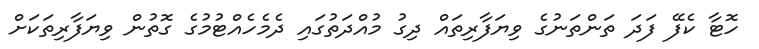
ހޮޓާ ކެފޭ ފަދަ ތަންތަނުގެ ވިޔަފާރިތައް ދިގު މުއްދަތުގައި ދެމެހެއްޓުމުގެ ގޮތުން ވިޔަފާރިތަކަށް